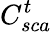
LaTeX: C_{sca}^{t}